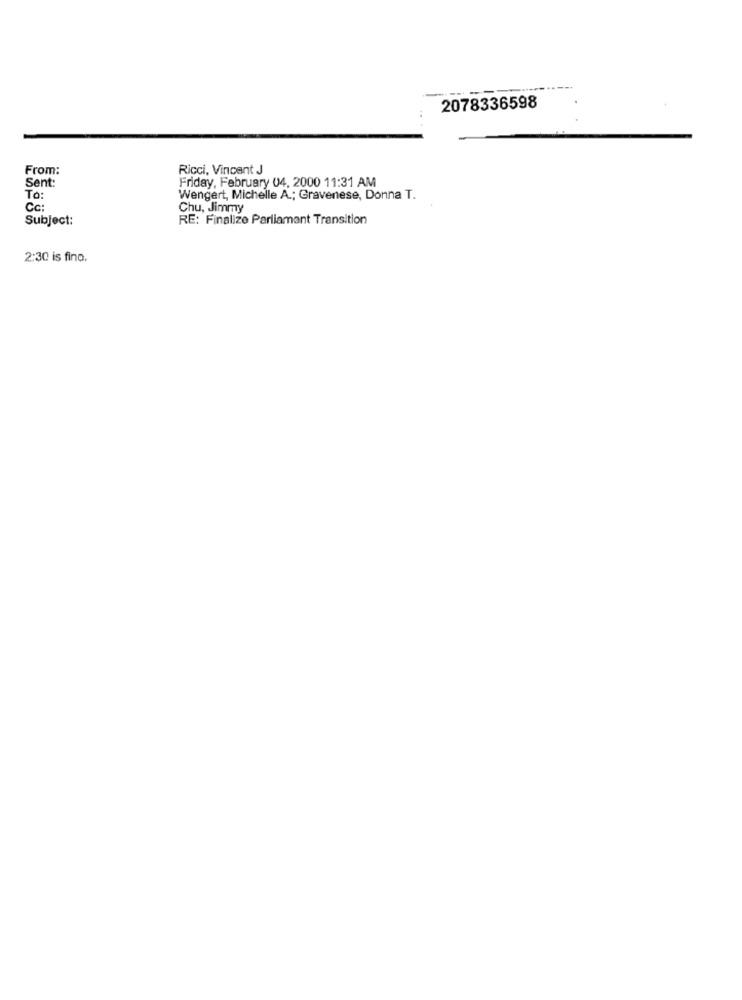
2078336598
From:
Ricci, Vincent J
Sent:
Friday, February 04, 2000 11:31 AM
To:
Wengert, Michelle A .; Gravenese, Donna T.
Cc:
Chu, Jimmy
Subject:
RE: Finalize Parliament Transition
2:30 is fino,